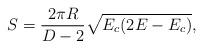
LaTeX: \begin{align*}S={{2\pi R}\over{D-2}}\sqrt{E_c(2E-E_c)},\end{align*}